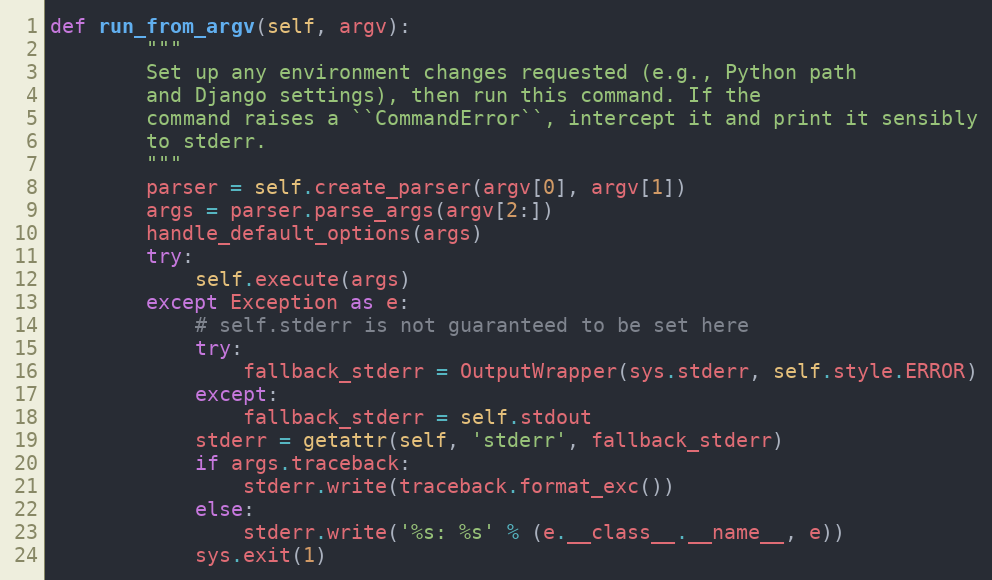
Language: Python
def run_from_argv(self, argv):
        """
        Set up any environment changes requested (e.g., Python path
        and Django settings), then run this command. If the
        command raises a ``CommandError``, intercept it and print it sensibly
        to stderr.
        """
        parser = self.create_parser(argv[0], argv[1])
        args = parser.parse_args(argv[2:])
        handle_default_options(args)
        try:
            self.execute(args)
        except Exception as e:
            # self.stderr is not guaranteed to be set here
            try:
                fallback_stderr = OutputWrapper(sys.stderr, self.style.ERROR)
            except:
                fallback_stderr = self.stdout
            stderr = getattr(self, 'stderr', fallback_stderr)
            if args.traceback:
                stderr.write(traceback.format_exc())
            else:
                stderr.write('%s: %s' % (e.__class__.__name__, e))
            sys.exit(1)